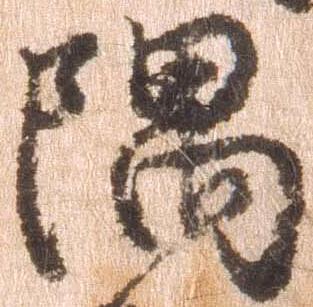
隅